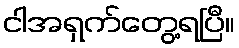
ငါအရှက်တွေ့ရပြီ။